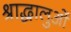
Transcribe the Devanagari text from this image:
श्राद्धालुओं